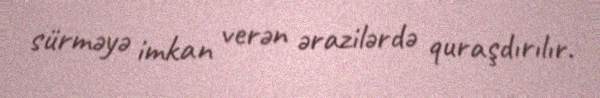
sürməyə imkan verən ərazilərdə quraşdırılır.